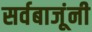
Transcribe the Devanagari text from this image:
सर्वबाजूंनी